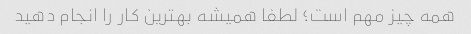
همه چیز مهم است؛ لطفا همیشه بهترین کار را انجام دهید